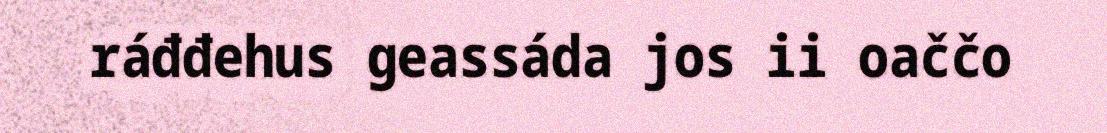
ráđđehus geassáda jos ii oaččo